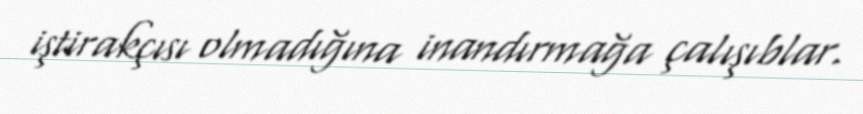
iştirakçısı olmadığına inandırmağa çalışıblar.